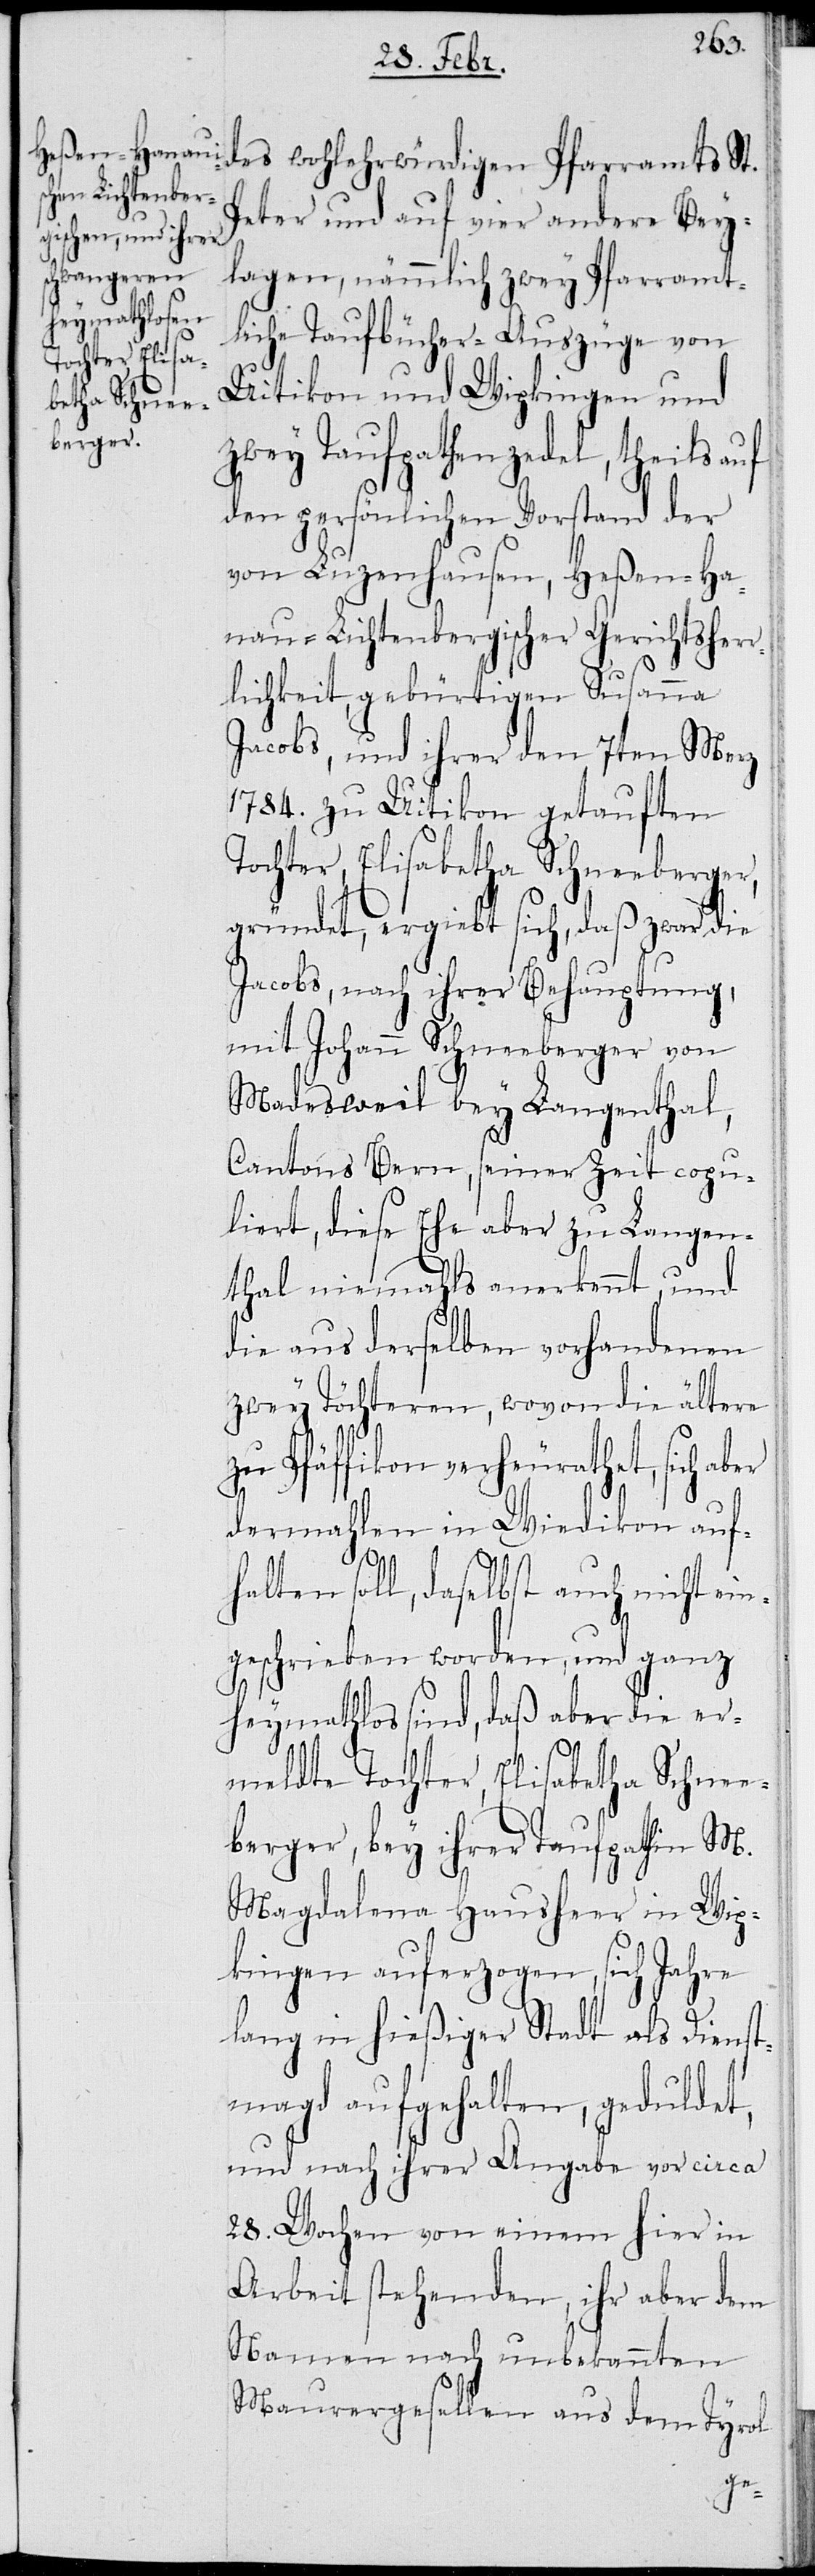
des wohlehrwürdigen Pfarramts St.
Peter und auf vier andere Bey¬
lagen, nämmlich zwey Pfarramt¬
liche Taufbücher-Auszüge von
Uitikon und Wipkingen und
zwey Taufpathenzedel, theils auf
den persönlichen Vorstand der
von Luzenhausen, Heßen-Ha¬
nau-Lichtenbergischer Gerichtsherr¬
lichkeit, gebürtigen Susanna
Jacobs, und ihrer den 7ten Merz
1784. zu Uitikon getauften
Tochter, Elisabetha Schneeberger,
gründet, ergiebt sich, daß zwar die
Jacobs, nach ihrer Behauptung,
mit Johann Schneeberger von
Madesweil bey Langenthal,
Cantons Bern, seinerzeit copu¬
liert, diese Ehe aber zu Langen¬
thal niemahls anerkennt, und
die aus derselben vorhandenen
zwey Töchteren, wovon die ältere
zu Pfäffikon verheurathet, sich
dermahlen in Wiedikon auf¬
halten soll, daselbst auch nicht ein¬
geschrieben worden, und ganz
heymathlos sind, daß aber die er¬
meldte Tochter, Elisabetha Schnee¬
berger, bey ihrer Taufpathin M.
Magdalena Hausheer in Wip¬
kingen auferzogen, sich Jahre
lang in hießiger Stadt als Dienst¬
magd aufgehalten, geduldet,
und nach ihrer Angabe vor circa
28. Wochen von einem hier in
Arbeit stehenden, ihr aber dem
Namen nach unbekannten
Maurergesellen aus dem Tyrol